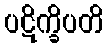
ပဋိက္ခိပတိ